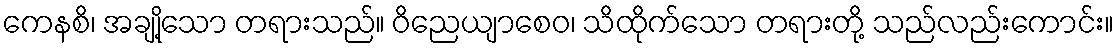
ကေနစိ၊ အချို့သော တရားသည်။ ဝိညေယျာစေဝ၊ သိထိုက်သော တရားတို့ သည်လည်းကောင်း။